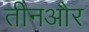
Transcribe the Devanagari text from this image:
तीनऔर